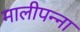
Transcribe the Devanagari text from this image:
मालीपन्‍ना